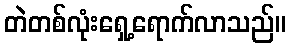
တဲတစ်လုံးရှေ့ရောက်လာသည်။